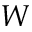
W